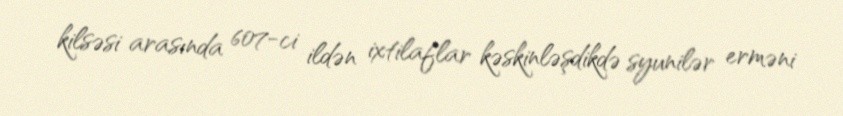
kilsəsi arasında 607-ci ildən ixtilaflar kəskinləşdikdə syunilər erməni